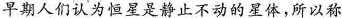
早期人们认为恒星是静止不动的星体，所以称